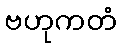
ဗဟုကတံ